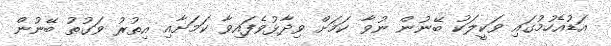
އަޑުއެހުމުގައި ވަކީލަކު ބޭނުން ނުވާ ކަމަށް ވިދާޅުވެފައިވާ ކަމަށާއި އިތުރު ވަގުތު ބޭނުން